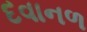
દવાનળ